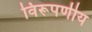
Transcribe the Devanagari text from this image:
विरूपणीय